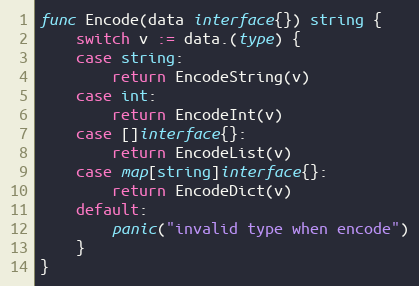
Language: Go
func Encode(data interface{}) string {
	switch v := data.(type) {
	case string:
		return EncodeString(v)
	case int:
		return EncodeInt(v)
	case []interface{}:
		return EncodeList(v)
	case map[string]interface{}:
		return EncodeDict(v)
	default:
		panic("invalid type when encode")
	}
}